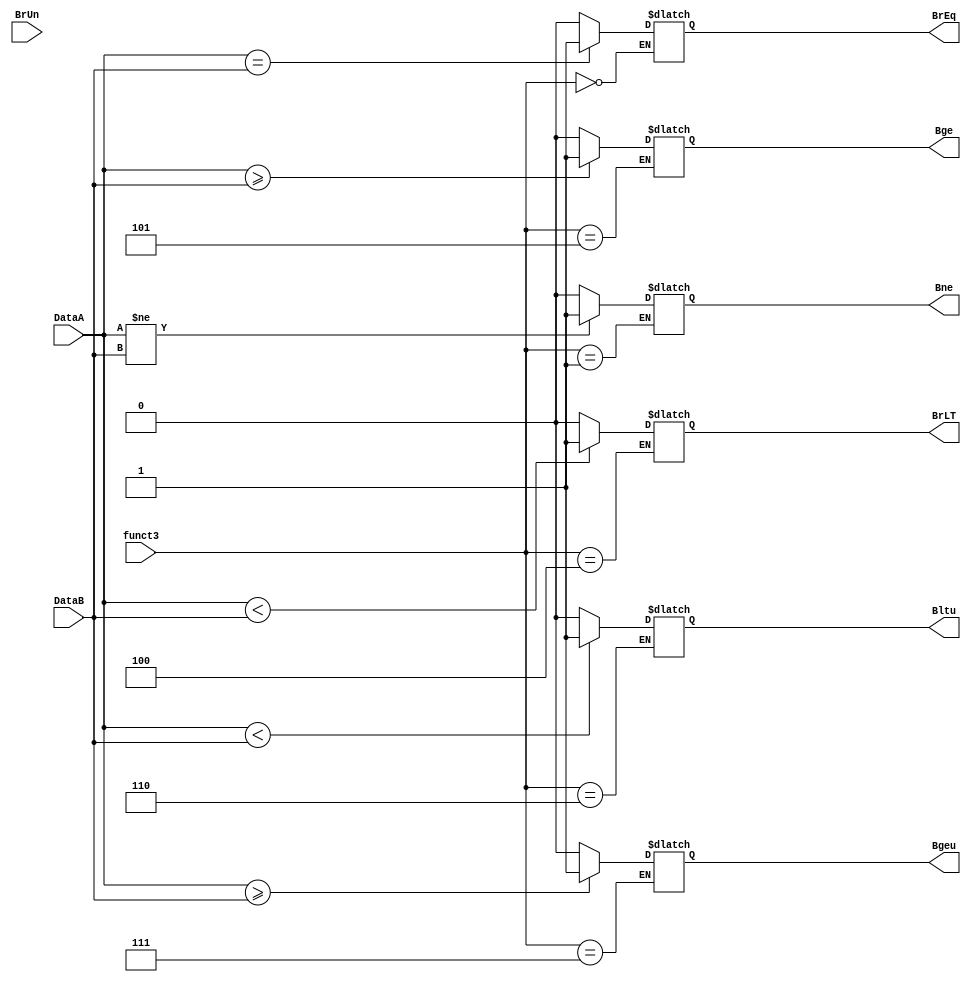
module branch(
input [2:0] funct3,
input [31:0] DataA,
input [31:0] DataB,
input BrUn,
output reg BrEq,
output reg BrLT,
output reg Bne,
output reg Bge,
output reg Bltu,
output reg Bgeu
);

always@*
begin
	case(funct3)
	3'b000: begin
		if($signed(DataA) == $signed(DataB))
			begin
			BrEq=1;
			//PCSel=1;
			end
		else 
			BrEq=0;
	end
	3'b001: begin
		if($signed(DataA)!= $signed(DataB))
			Bne=1;
		else 
			Bne=0;
	end
	3'b100: begin
		if($signed(DataA) < $signed(DataB))
			BrLT=1;
		else 
			BrLT=0;
	end
	3'b101: begin
		if($signed(DataA) >= $signed(DataB))
			Bge=1;
		else 
			Bge=0;
	end

	3'b110: begin 
		if(DataA < DataB)
		Bltu=1;
	else
		Bltu=0;
	end
	
	3'b111 : begin
		if(DataA >= DataB)
		Bgeu =1;
	else
		Bgeu =0;
	end
	endcase
end 
endmodule